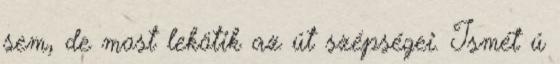
sem, de most lekötik az út szépségei. Ismét ú